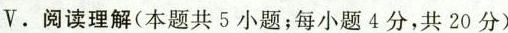
V. 阅读理解(本题共 5 小题;每小题 4 分,共 20 分)